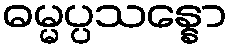
ဓမ္မပ္ပသန္နော